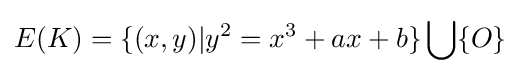
E(K)=\{(x,y)|y^{2}=x^{3}+ax+b\}\bigcup \{O\}